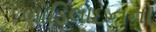
બોડિલાઇનનો